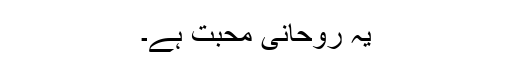
یہ روحانی محبت ہے۔